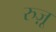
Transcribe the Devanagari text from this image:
रुज़ू